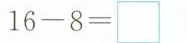
16-8=\Box